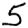
Digit: 5